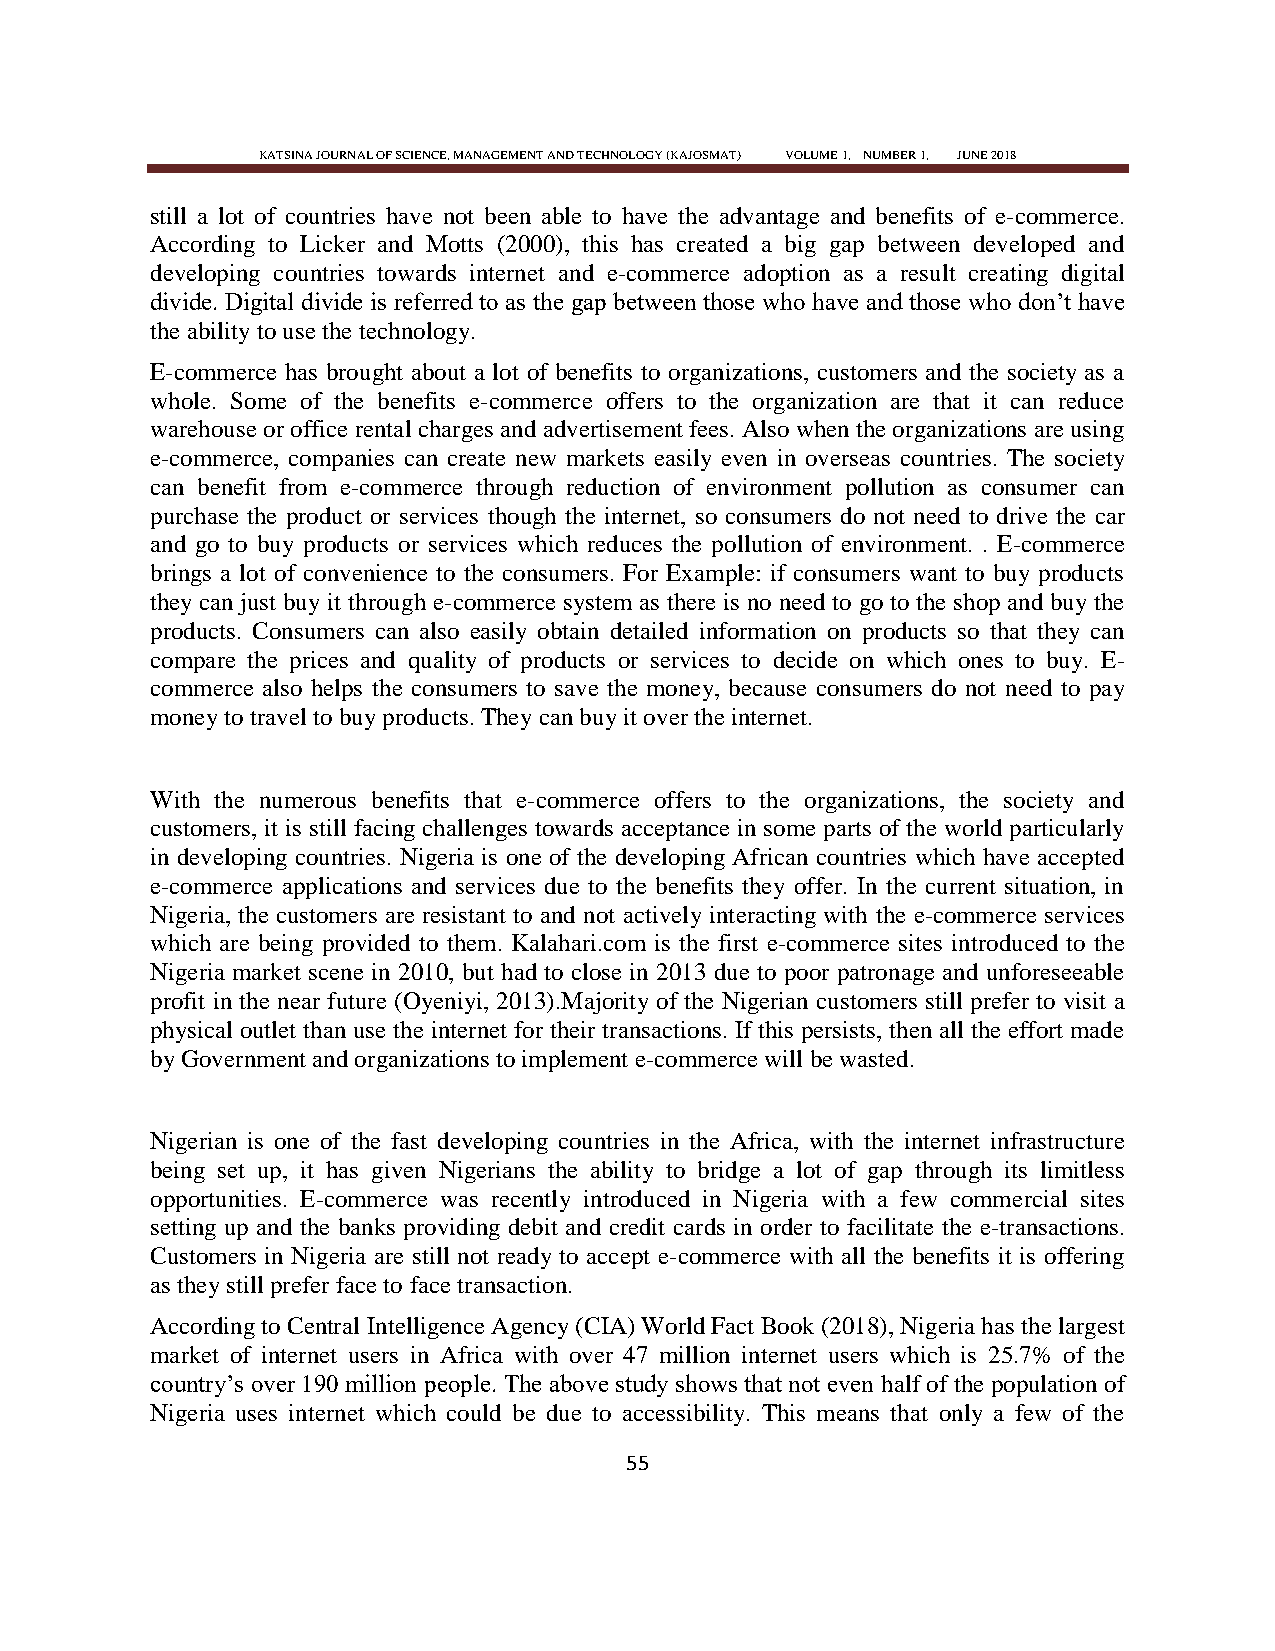
KATSINA JOURNAL OF SCIENCE, MANAGEMENT AND TECHNOLOGY (KAJOSMAT) VOLUME 1, NUMBER 1, JUNE 2018
 still a lot of countries have not been able to have the advantage and benefits of e-commerce.
 According to Licker and Motts (2000), this has created a big gap between developed and
 developing countries towards internet and e-commerce adoption as a result creating digital
 divide. Digital divide is referred to as the gap between those who have and those who don‘t have
 the ability to use the technology.
 E-commerce has brought about a lot of benefits to organizations, customers and the society as a
 whole. Some of the benefits e-commerce offers to the organization are that it can reduce
 warehouse or office rental charges and advertisement fees. Also when the organizations are using
 e-commerce, companies can create new markets easily even in overseas countries. The society
 can benefit from e-commerce through reduction of environment pollution as consumer can
 purchase the product or services though the internet, so consumers do not need to drive the car
 and go to buy products or services which reduces the pollution of environment. . E-commerce
 brings a lot of convenience to the consumers. For Example: if consumers want to buy products
 they can just buy it through e-commerce system as there is no need to go to the shop and buy the
 products. Consumers can also easily obtain detailed information on products so that they can
 compare the prices and quality of products or services to decide on which ones to buy. E-
 commerce also helps the consumers to save the money, because consumers do not need to pay
 money to travel to buy products. They can buy it over the internet.
 With the numerous benefits that e-commerce offers to the organizations, the society and
 customers, it is still facing challenges towards acceptance in some parts of the world particularly
 in developing countries. Nigeria is one of the developing African countries which have accepted
 e-commerce applications and services due to the benefits they offer. In the current situation, in
 Nigeria, the customers are resistant to and not actively interacting with the e-commerce services
 which are being provided to them. Kalahari.com is the first e-commerce sites introduced to the
 Nigeria market scene in 2010, but had to close in 2013 due to poor patronage and unforeseeable
 profit in the near future (Oyeniyi, 2013).Majority of the Nigerian customers still prefer to visit a
 physical outlet than use the internet for their transactions. If this persists, then all the effort made
 by Government and organizations to implement e-commerce will be wasted.
 Nigerian is one of the fast developing countries in the Africa, with the internet infrastructure
 being set up, it has given Nigerians the ability to bridge a lot of gap through its limitless
 opportunities. E-commerce was recently introduced in Nigeria with a few commercial sites
 setting up and the banks providing debit and credit cards in order to facilitate the e-transactions.
 Customers in Nigeria are still not ready to accept e-commerce with all the benefits it is offering
 as they still prefer face to face transaction.
 According to Central Intelligence Agency (CIA) World Fact Book (2018), Nigeria has the largest
 market of internet users in Africa with over 47 million internet users which is 25.7% of the
 country‘s over 190 million people. The above study shows that not even half of the population of
 Nigeria uses internet which could be due to accessibility. This means that only a few of the
 55